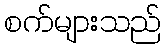
စက်များသည်